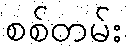
စစ်တမ်း